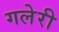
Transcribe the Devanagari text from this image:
गलेरी